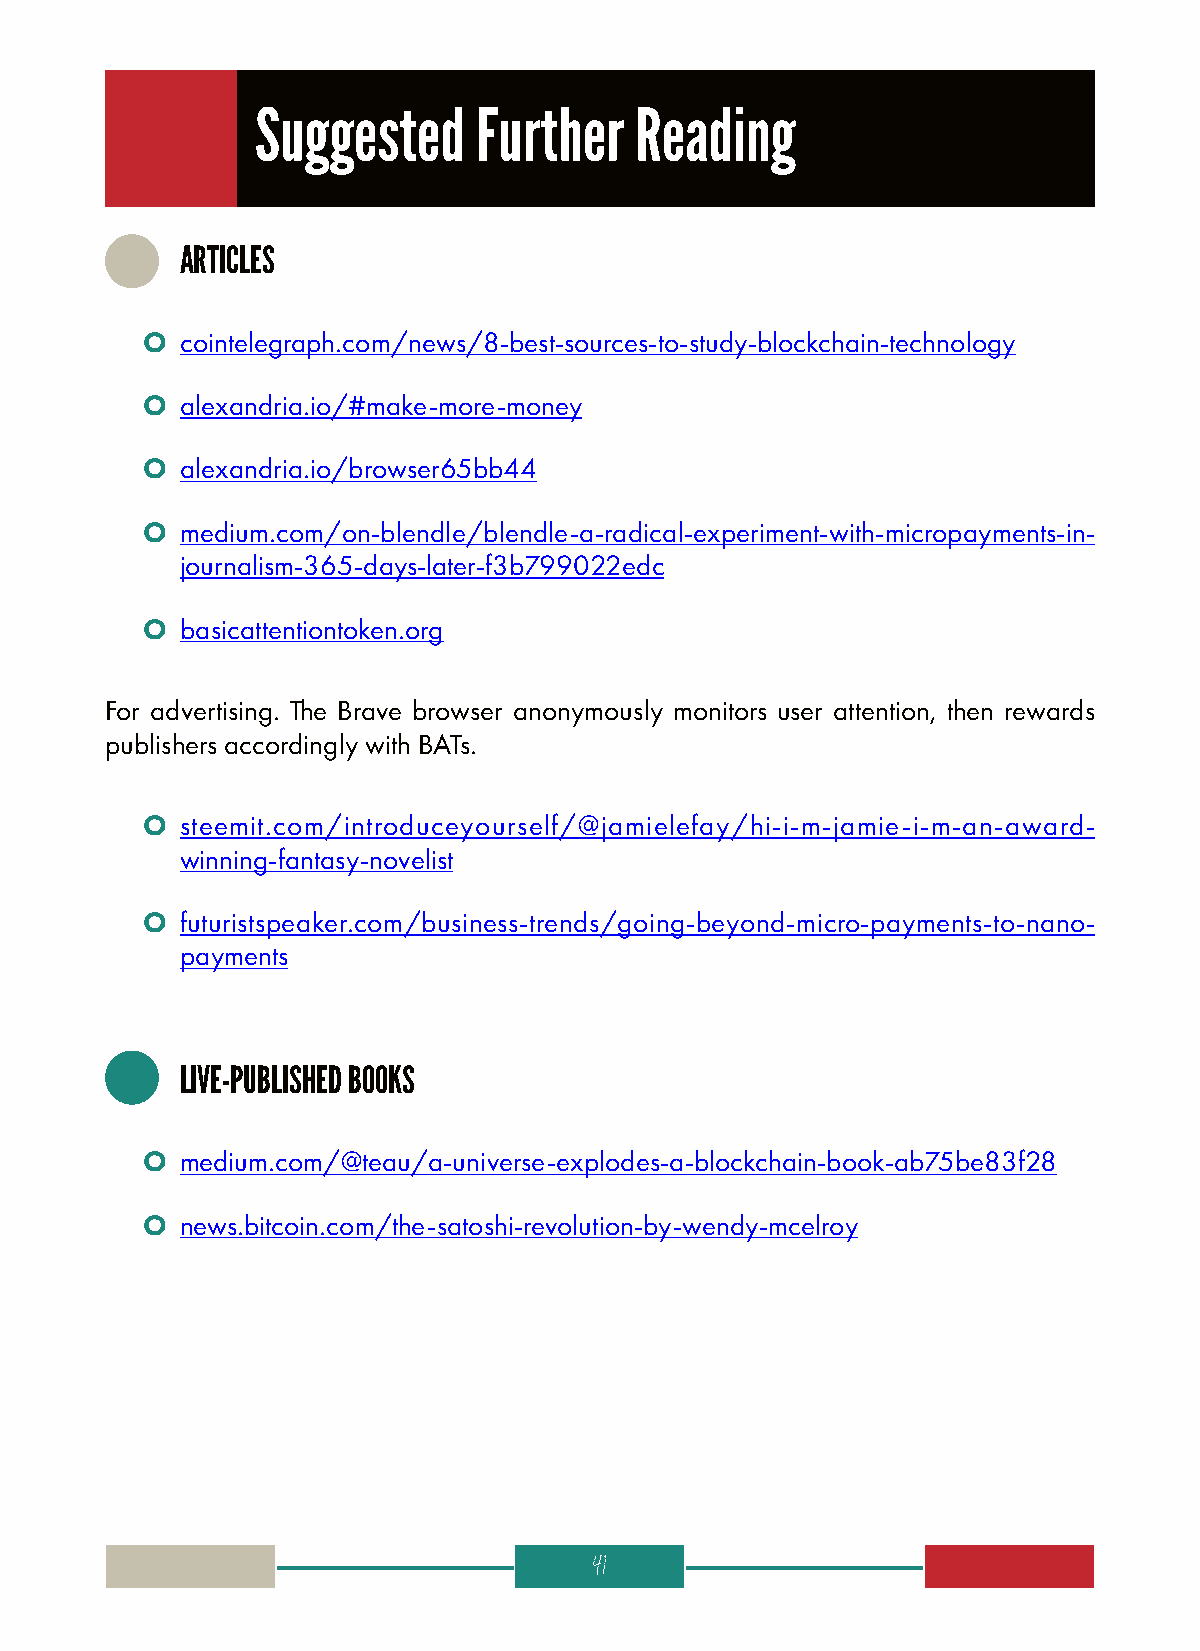
Suggested      Further   Reading
 ARTICLES
 O  cointelegraph.com/news/8-best-sources-to-study-blockchain-technology
 O  alexandria.io/#make-more-money
 O  alexandria.io/browser65bb44
 O  medium.com/on-blendle/blendle-a-radical-experiment-with-micropayments-in-
 journalism-365-days-later-f3b799022edc
 O  basicattentiontoken.org
 For advertising. The Brave browser anonymously monitors user attention, then rewards
 publishers accordingly with BATs.
 O  steemit.com/introduceyourself/@jamielefay/hi-i-m-jamie-i-m-an-award-
 winning-fantasy-novelist
 O  futuristspeaker.com/business-trends/going-beyond-micro-payments-to-nano-
 payments
 LIVE-PUBLISHED BOOKS
 O  medium.com/@teau/a-universe-explodes-a-blockchain-book-ab75be83f28
 O  news.bitcoin.com/the-satoshi-revolution-by-wendy-mcelroy
 41